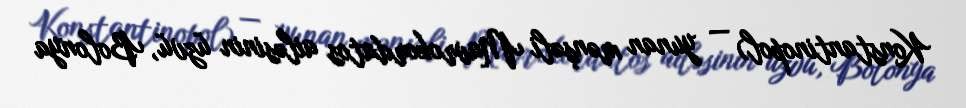
Konstantinopol) — yunan mənşəli Mavrokordatos ailəsinin üzvü, Bolonya